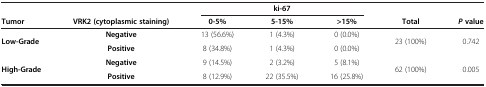
<table><thead><tr><td colspan="2"><b> </b></td><td colspan="3"><b>ki-67</b></td><td colspan="2"><b> </b></td></tr><tr><td><b>Tumor</b></td><td><b>VRK2 (cytoplasmic staining)</b></td><td><b>0-5%</b></td><td><b>5-15%</b></td><td><b>&gt;15%</b></td><td><b>Total</b></td><td><b><i>P</i>value</b></td></tr></thead><tbody><tr><td rowspan="2"><b>Low-Grade</b></td><td><b>Negative</b></td><td>13 (56.6%)</td><td>1 (4.3%)</td><td>0 (0.0%)</td><td rowspan="2">23 (100%)</td><td rowspan="2">0.742</td></tr><tr><td><b>Positive</b></td><td>8 (34.8%)</td><td>1 (4.3%)</td><td>0 (0.0%)</td></tr><tr><td><b>High-Grade</b></td><td><b>Negative</b></td><td>9 (14.5%)</td><td>2 (3.2%)</td><td>5 (8.1%)</td><td>62 (100%)</td><td>0.005</td></tr><tr><td> </td><td><b>Positive</b></td><td>8 (12.9%)</td><td>22 (35.5%)</td><td>16 (25.8%)</td><td> </td><td> </td></tr></tbody></table>